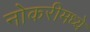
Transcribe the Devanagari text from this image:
नोकरीमध्ये